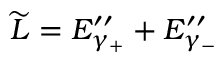
\widetilde { L } = E _ { \gamma _ { + } } ^ { \prime \prime } + E _ { \gamma _ { - } } ^ { \prime \prime }